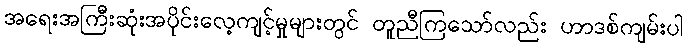
အရေးအကြီးဆုံးအပိုင်းလေ့ကျင့်မှုများတွင် တူညီကြသော်လည်း ဟာဒစ်ကျမ်းပါ